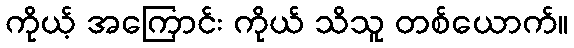
ကိုယ့် အကြောင်း ကိုယ် သိသူ တစ်ယောက်။